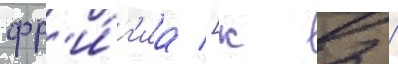
фр'и́г'иа [к 2 /